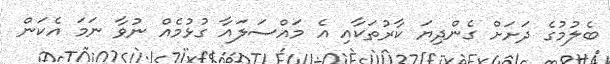
ބެލުމުގެ ދަށަށް ގެންދިޔަ ކާރުތަކާއި އެ މައްސަލައާ ގުޅުމެއް ނުވާ ނަމަ އެކަން